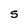
Character: S